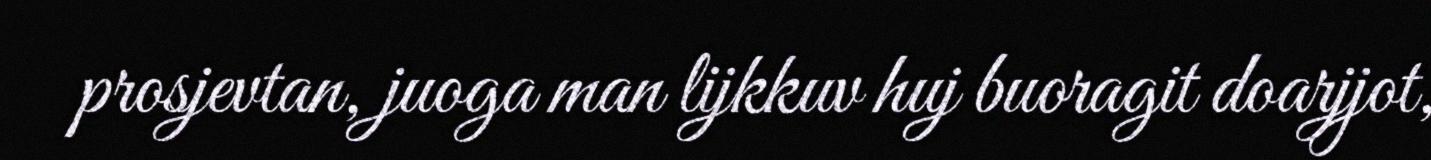
prosjevtan, juoga man lijkkuv huj buoragit doarjjot,